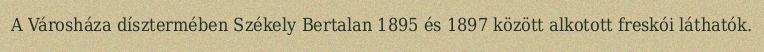
A Városháza dísztermében Székely Bertalan 1895 és 1897 között alkotott freskói láthatók.